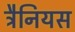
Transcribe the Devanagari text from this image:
ट्रैनियस